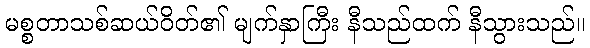
မစ္စတာသစ်ဆယ်ဝိတ်၏ မျက်နှာကြီး နီသည်ထက် နီသွားသည်။